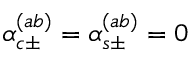
\alpha _ { c \pm } ^ { ( a b ) } = \alpha _ { s \pm } ^ { ( a b ) } = 0